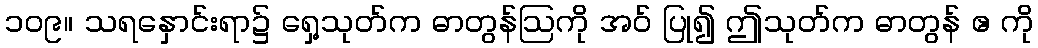
၁၀၉။ သရနှောင်းရာ၌ ရှေ့သုတ်က ဓာတွန်ဩကို အဝ် ပြု၍ ဤသုတ်က ဓာတွန် ဧ ကို